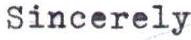
Sincerely